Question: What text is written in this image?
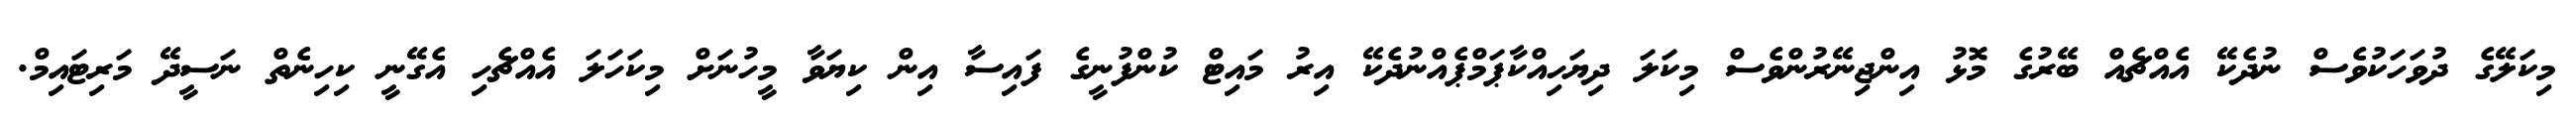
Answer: މިކަލޭގެ ދުވަހަކުވެސް ނުދެކޭ އެއްޗެއް ބޭރުގެ މޮޅު އިންޖިނޭރުންވެސް މިކަލަ ދިޔަހިއްކާޕަމްޕެއްނުދެކޭ އިރު މައިޓް ކުންފުނީގެ ފައިސާ އިން ކިޔަވާ މީހުނަށް މިކަހަލަ އެއްޗެހި އެގޭނީ ކިހިނެތް ނަސީދޭ މަރިޓައިމް.